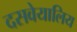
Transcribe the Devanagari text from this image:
दसवेयालिय